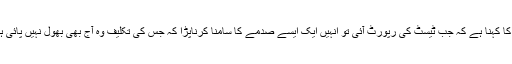
کم کا کہنا ہے کہ جب ٹیسٹ کی رپورٹ آئی تو انہیں ایک ایسے صدمے کا سامنا کرناپڑا کہ جس کی تکلیف وہ آج بھی بھول نہیں پائی ہیں۔